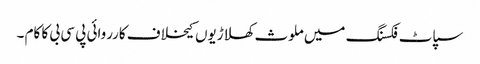
سپاٹ فکسنگ میں ملوث کھلاڑیوں کیخلاف کارروائی پی سی بی کا کام ۔